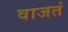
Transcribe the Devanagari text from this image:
वाजतं